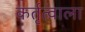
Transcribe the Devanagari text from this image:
कर्तृत्वाला